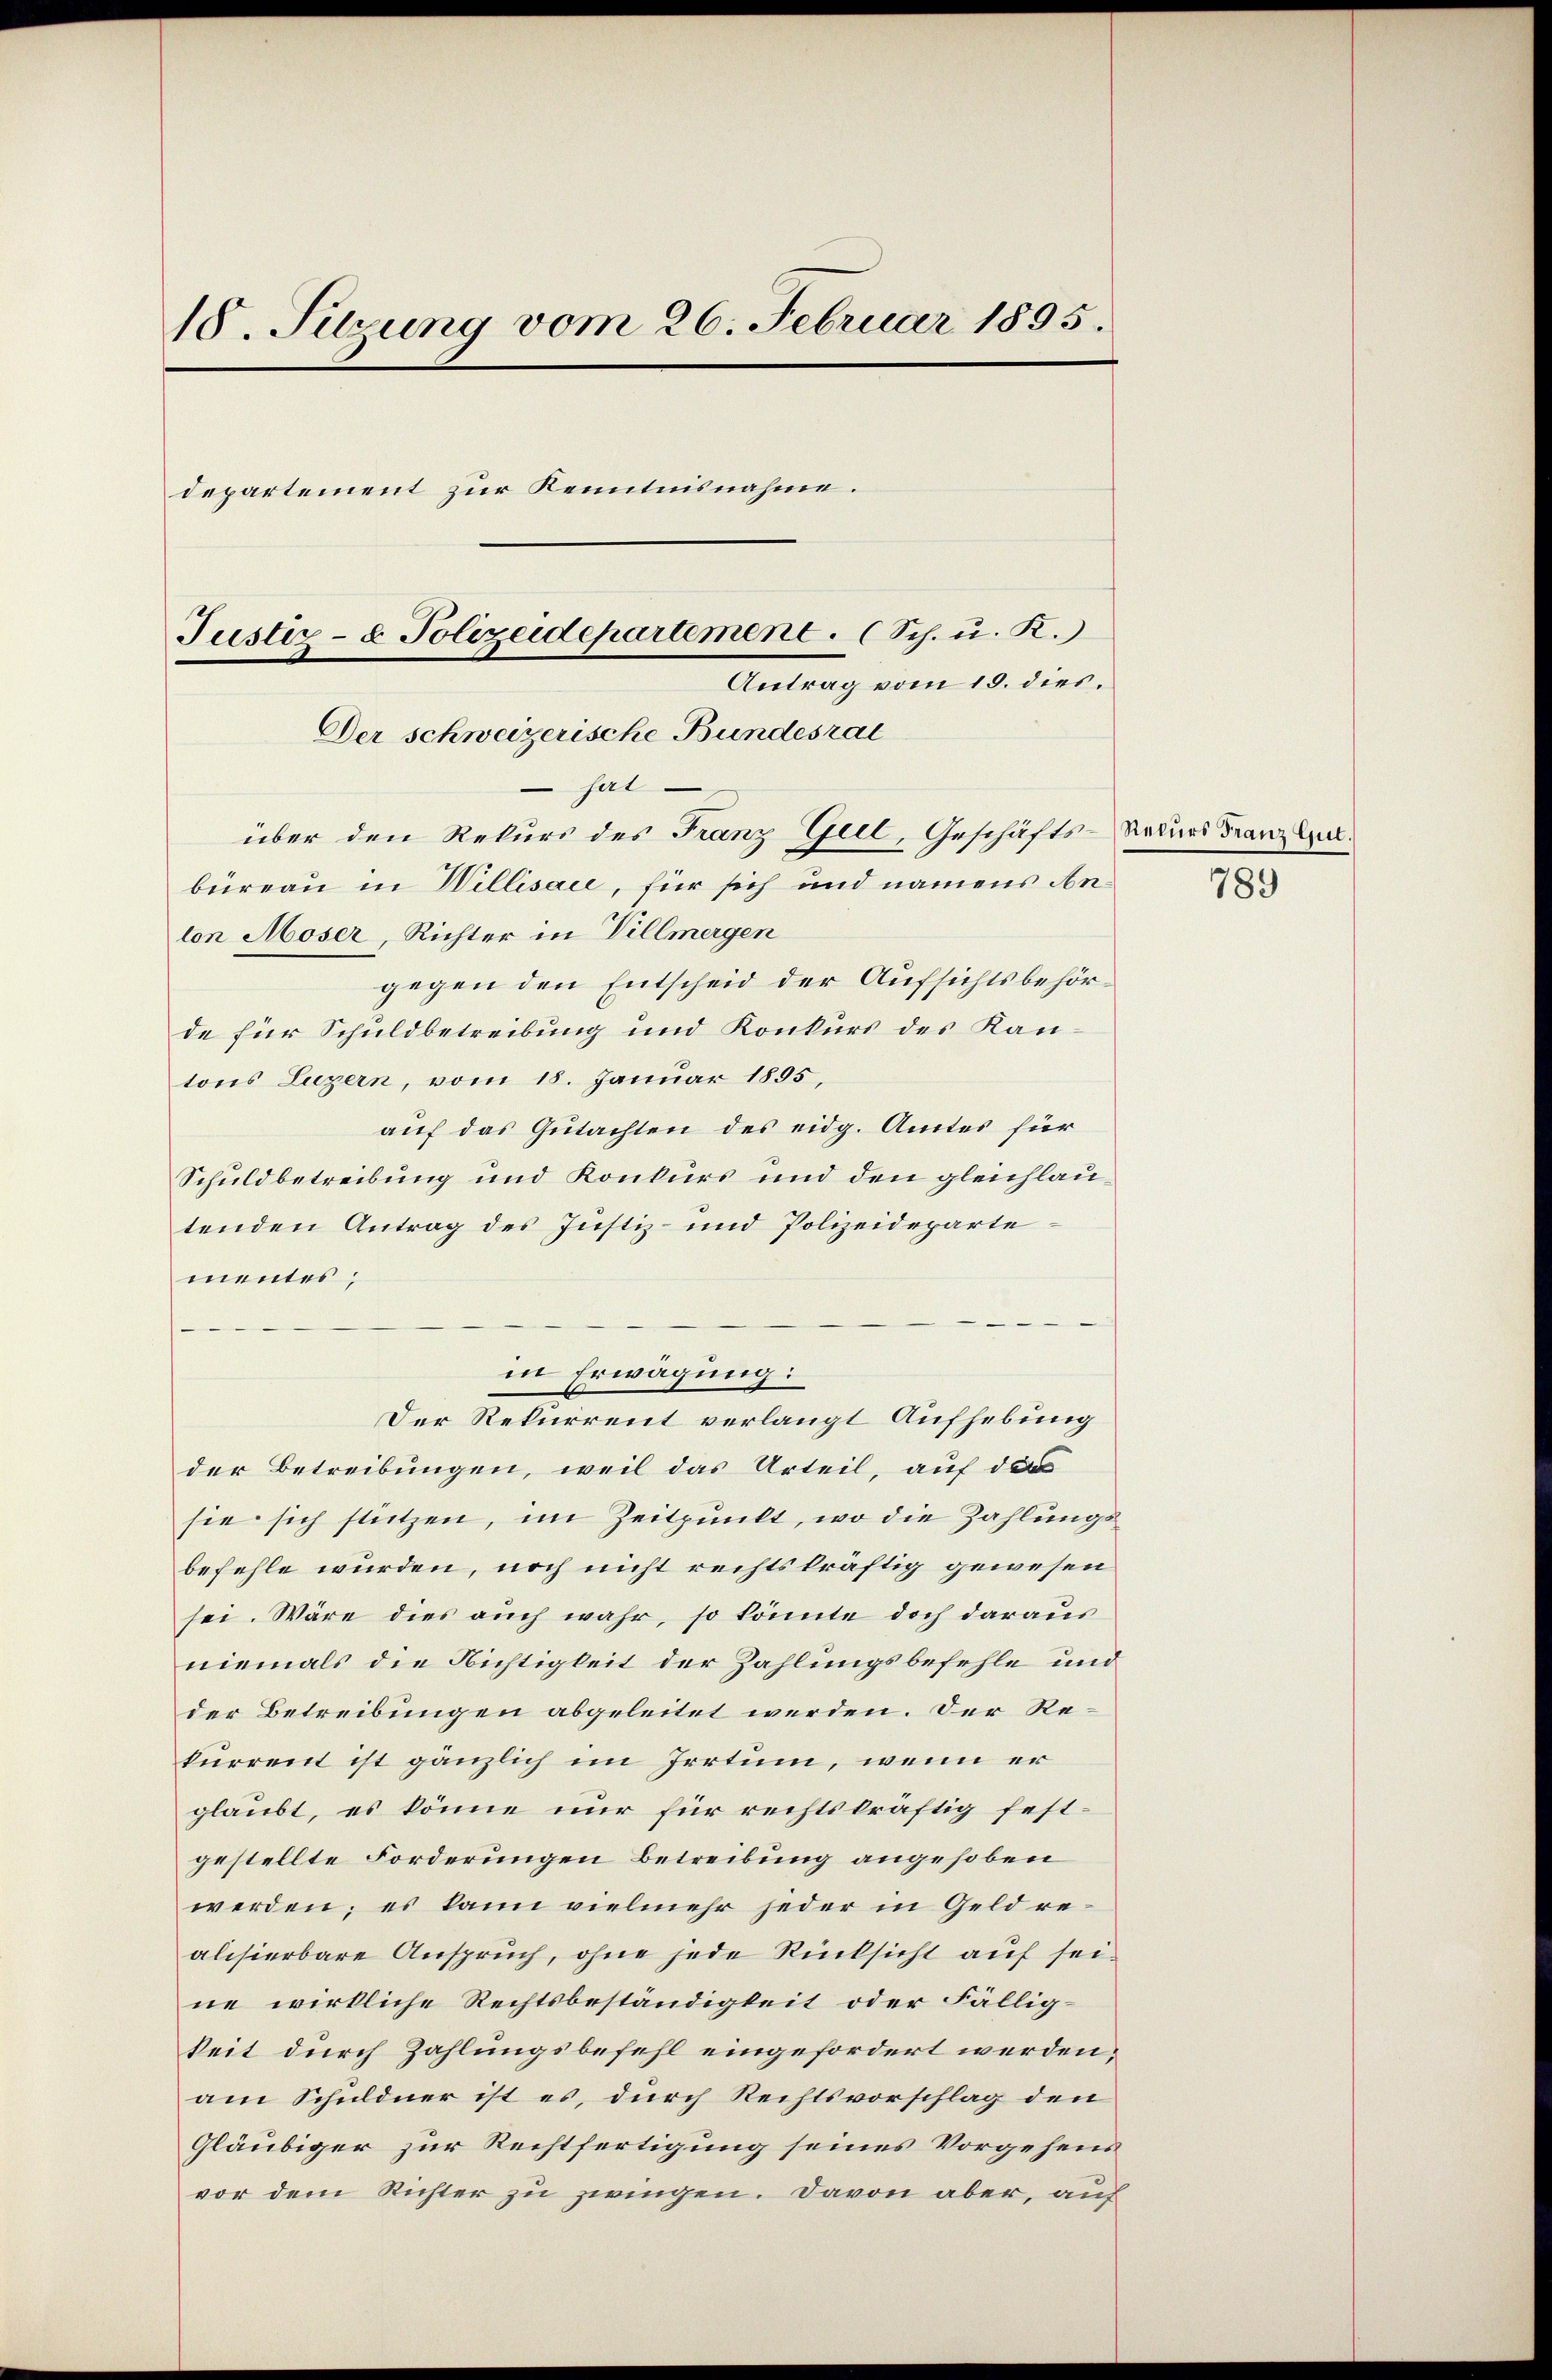
18. Sitzung vom 26. Februar 1895.
departement zur Kenntnisnahme.
Justiz- & Polizeidepartement. (Sch. u. K.)
Antrag vom 15. dies
Der schweizerische Bundesrat
 hat.

über den Rekurs des Franz Geel, Geschäfts-Redurs Franz C.
büreau in Willisaie, für sich und namens Anton Moser, Richter in Villmergen
gegen den Entscheid der Aufsichtsbehörde für Schuldbetreibung und Konkurs des Kantons Luzern, vom 15. Januar 1895.
auf das Gutachten des eidg. Amtes für
Schuldbetreibung und Konkurs und den gleichlautenden Antrag des Justiz- und Polizeideparte
mentes;
in Erwägung:
Der Rekurrent verlangt Aufhebung
der Betreibungen, weil das Urteil, auf das
sie sich stützen, im Zeitpunkt, wo die Zahlungsbefehle würden, noch nicht rechtskräftig gewesen
sei. Wäre dies auch wahr, so könnte doch daraus
niemals die Nichtigkeit der Zahlungsbefehle und
der Betreibungen abgeleitet werden. Der Rekurrent ist gänzlich im Irrtum, wenn er
glaubt, es könne nur für rechtskräftig festgestellte Forderungen Betreibung angehoben
werden; es kann vielmehr jeder in Geld realisierbare Anspruch, ohne jede Rücksicht auf seine wirkliche Rechtsbeständigkeit oder Fälligkeit durch Zahlungsbefehl eingefordert werden,
am Schuldner ist es, durch Rechtsvorschlag den
Gläubiger zur Rechtfertigung seines Vorgehens
vor dem Richter zu zwingen. Davon aber, auf

789